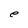
Character: e